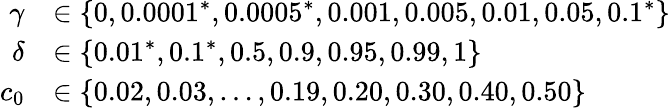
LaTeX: \begin{array}{rl}{\gamma}&{\in\{ 0,0.0001^{*},0.0005^{*},0.001,0.005,0.01,0.05,0.1^{*}\} }\\ {\delta}&{\in\{ 0.01^{*},0.1^{*},0.5,0.9,0.95,0.99,1\} }\\ {c_{0}}&{\in\{ 0.02,0.03,\dots,0.19,0.20,0.30,0.40,0.50\} }\end{array}